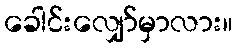
ခေါင်းလျှော်မှာလား။